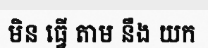
មិន ធ្វើ តាម នឹង យក